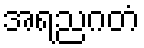
အရညဂတံ